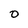
Character: 0